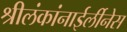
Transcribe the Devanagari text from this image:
श्रीलंकांनाईर्लीनेस